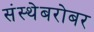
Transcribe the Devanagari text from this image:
संस्थेबरोबर